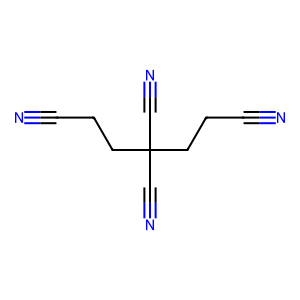
SMILES: N#CCCC(C#N)(C#N)CCC#N
Inhibits HIV replication: No